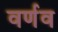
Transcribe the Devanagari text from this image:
वर्णव